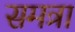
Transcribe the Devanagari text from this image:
समत्रा